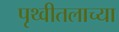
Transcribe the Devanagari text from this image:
पृथ्वीतलाच्या